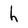
Character: h